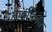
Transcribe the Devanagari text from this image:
मादीपर्यंत